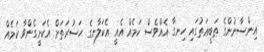
އިންސާނުންގެ ޠަބީޢަތުގައި ހިނގާ އެއްވެސް ކަމެއް އެއީ އެކަލާނގެ ޙަޟުރަތަށް އެކަށީގެންވާ ކަމެއް